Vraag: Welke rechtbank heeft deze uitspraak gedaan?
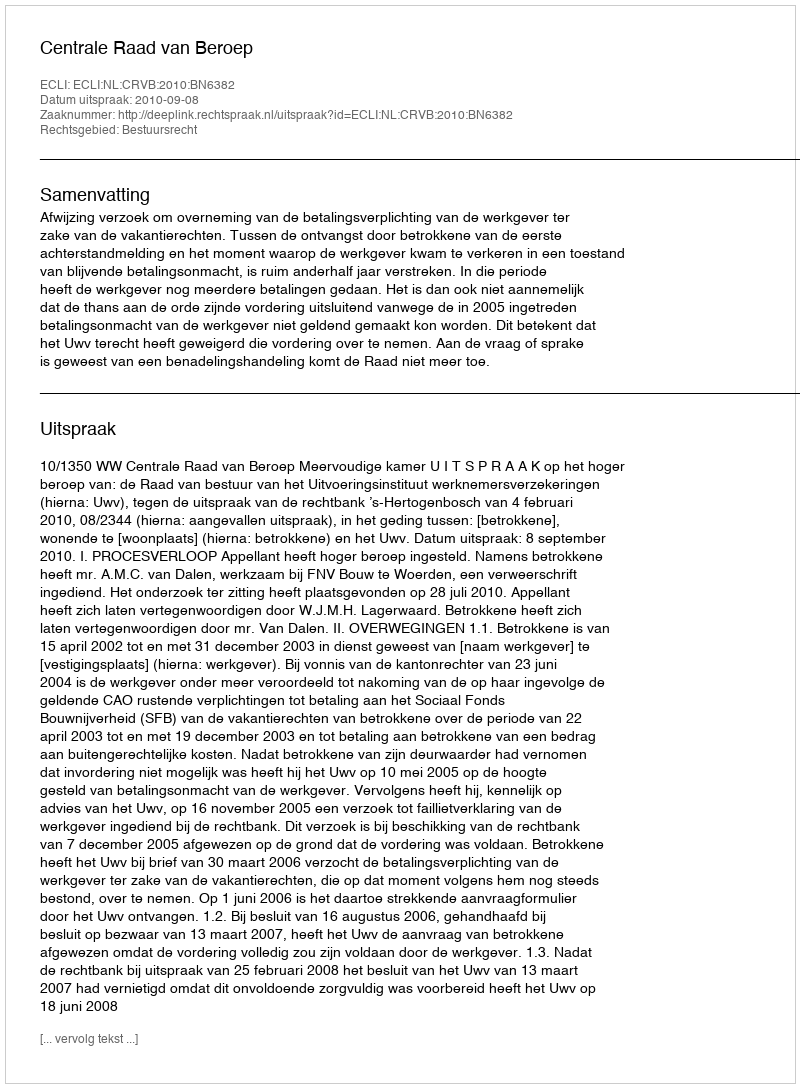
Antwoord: Centrale Raad van Beroep